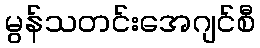
မွန်သတင်းအေဂျင်စီ